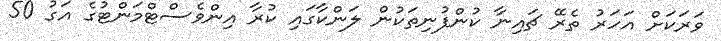
ވަރަކަށް އަހަރު ތެރޭ ޗައިނާ ކުންފުނިތަކުން ލަންކާގައި ކުރާ އިންވެސްޓްމަންޓުގެ އަގު 50